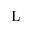
\mathrm { L }